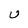
Character: U